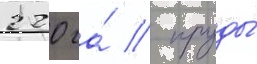
220 га́ / пруды́